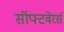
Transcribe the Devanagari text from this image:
सॉफ्टवेरर्स